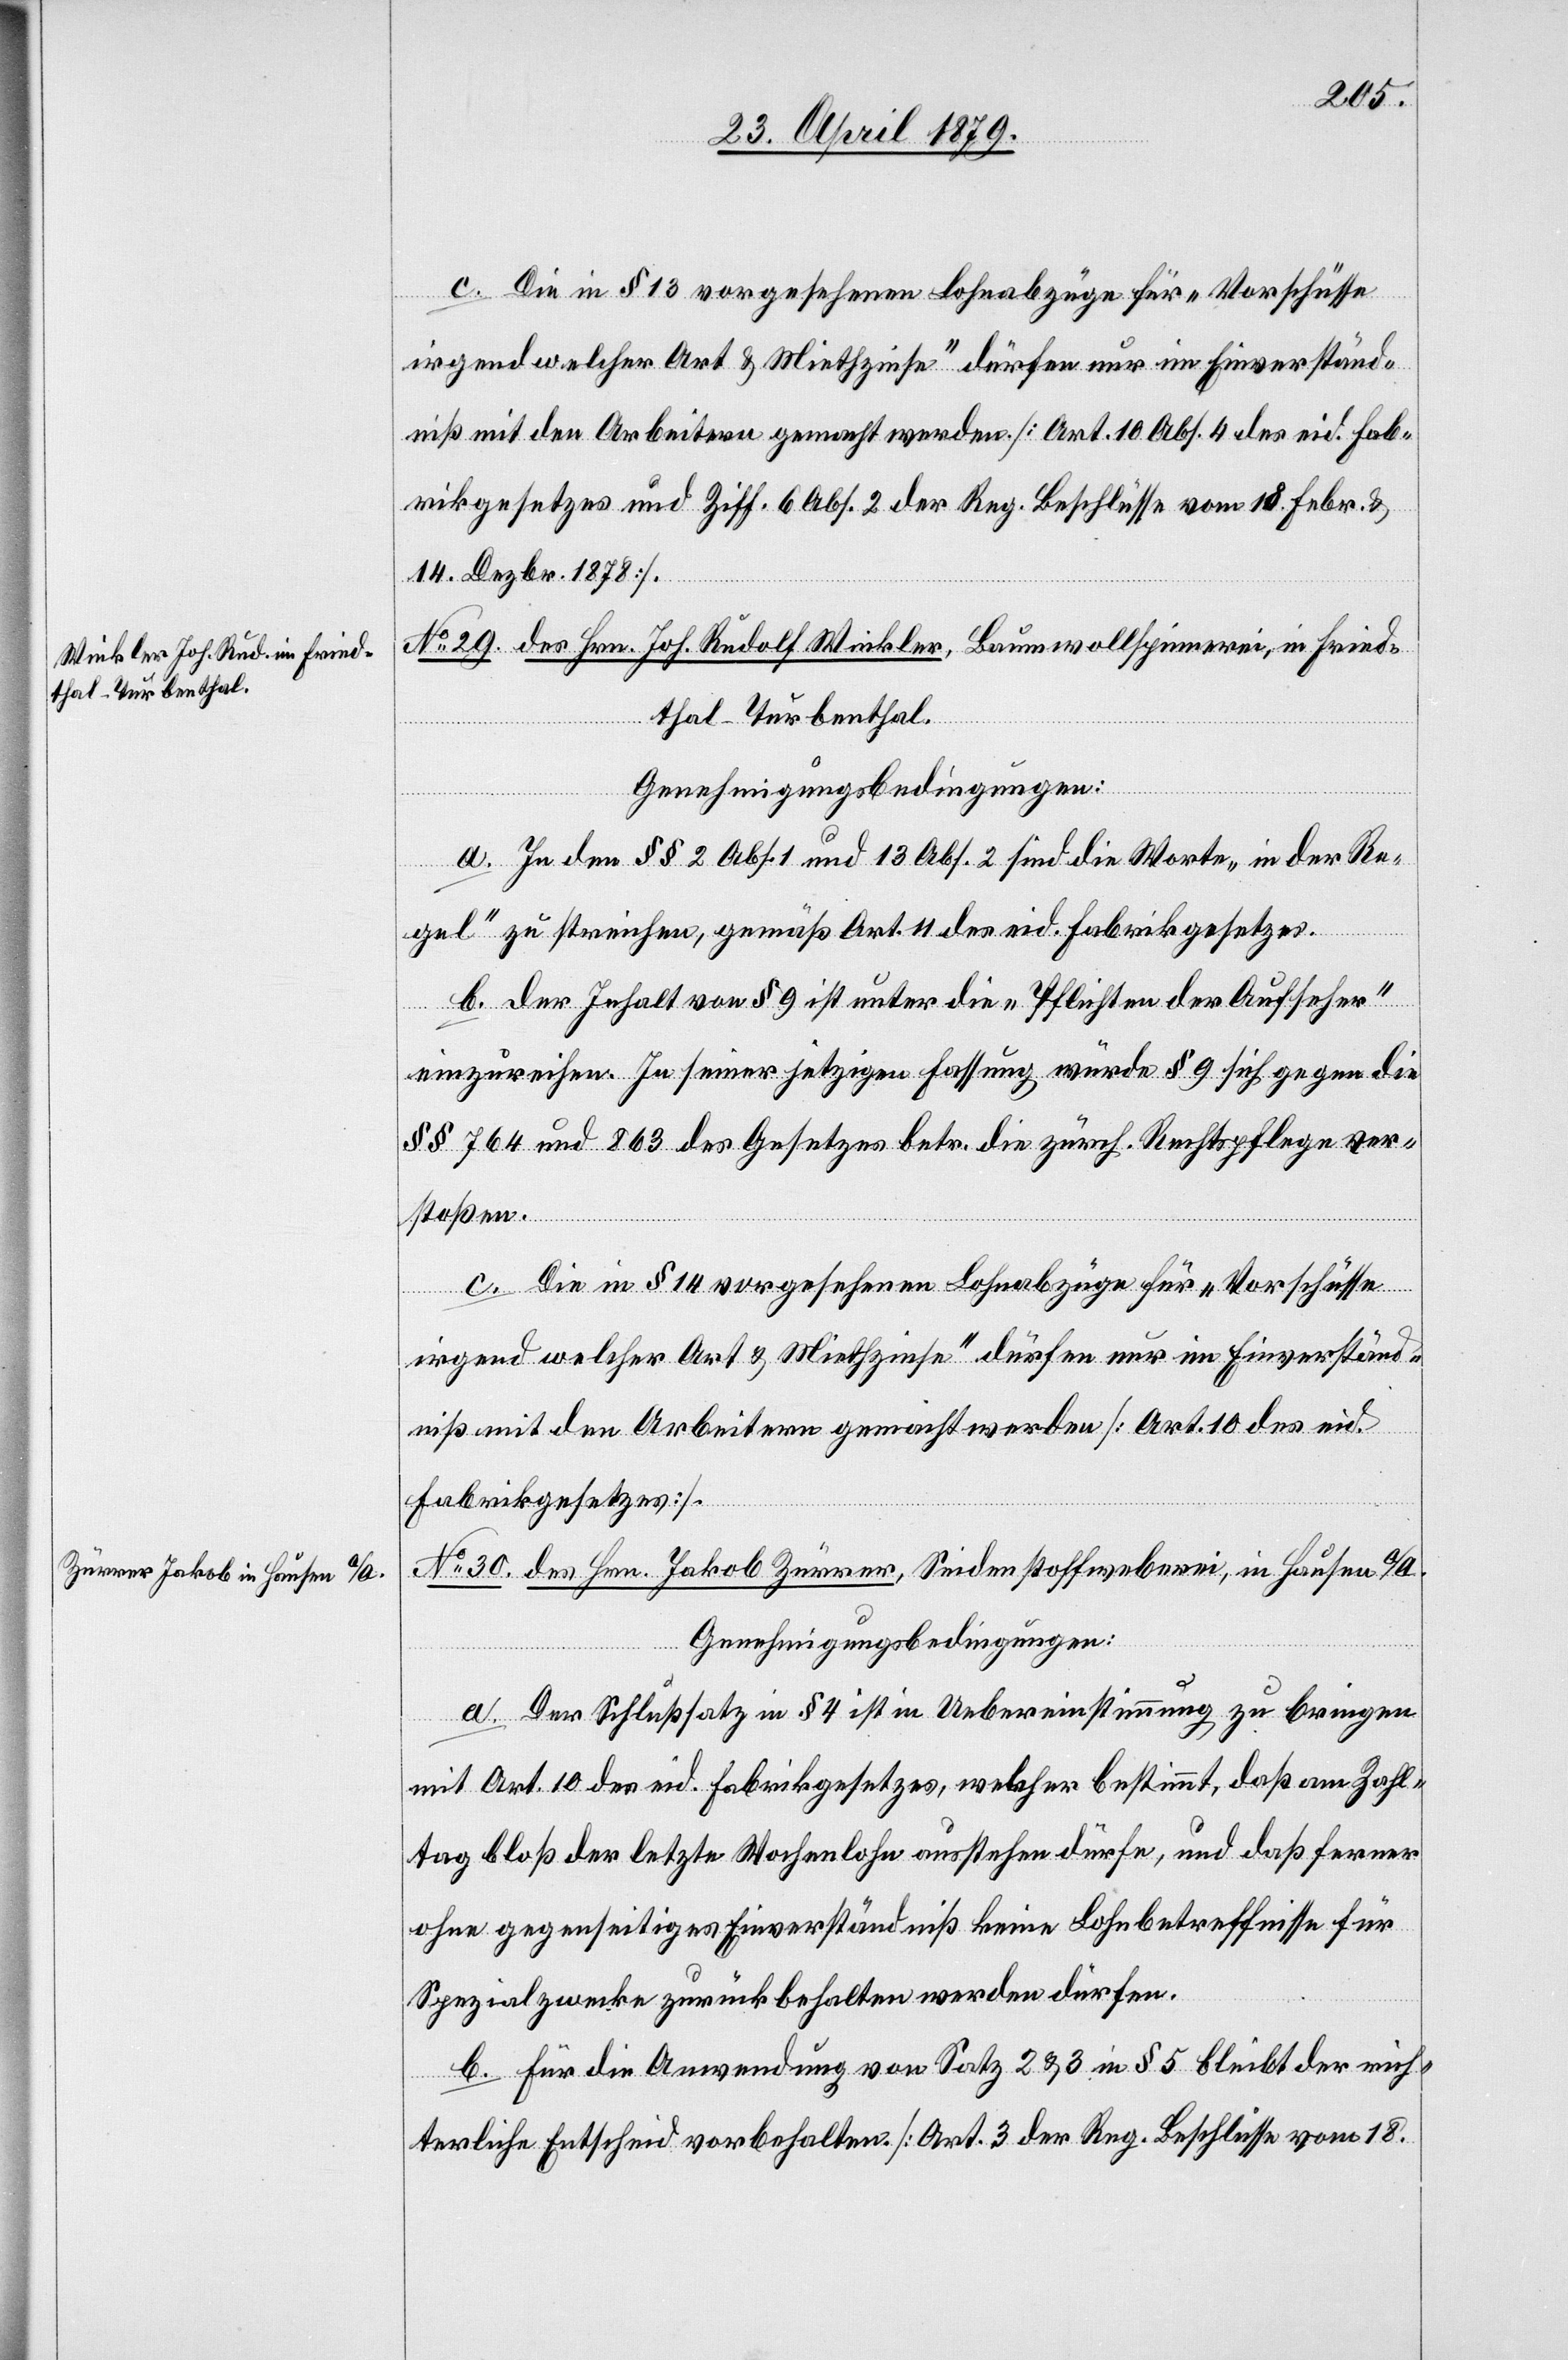
c. Die in § 13 vorgesehenen Lohnabzüge für „Vorschüsse
irgendwelcher Art & Miethzinse“ dürfen nur im Einverständ¬
niß mit den Arbeitern gemacht werden [Art. 10 Abs. 4 des eid. Fab¬
rikgesetzes und Ziff. 6 Abs. 2 der Reg. Beschlüsse vom 18. Febr. &
14. Dezbr. 1878].
[Forts¬
No 29. des Hrn. Joh. Rudolf Winkler, Baumwollspinnerei, in Fried¬
thal - Turbenthal.
Genehmigungsbedingungen:
a. In den §§ 2 Abs. 1 und 13 Abs. 2 sind die Worte „in der Re¬
gel“ zu streichen, gemäß Art. 11 des eid. Fabrikgesetzes.
b. Der Inhalt von § 9 ist unter die „Pflichten der Aufseher“
einzureichen. In seiner jetzigen Fassung würde § 9 sich gegen die
§§ 764 und 863 des Gesetzes betr. die zürch. Rechtspflege ver¬
stoßen.
etzung
c. Die in § 14 vorgesehenen Lohnabzüge für „Vorschüsse
irgend welcher Art & Miethzinse“ dürfen nur im Einverständ¬
niß mit den Arbeitern gemacht werden [Art. 10 des eid.
Fabrikgesetzes].
No 30. des Hrn. Jakob Zürrer, Seidenstoffweberei, in Hausen a/A.
Genehmigungsbedingungen:
a. Der Schlußsatz in § 4 ist in Uebereinstimmung zu bringen
mit Art. 10 des eid. Fabrikgesetzes, welcher bestimmt, daß am Zahl¬
tag bloß der letzte Wochenlohn ausstehen dürfe, und daß ferner
ohne gegenseitiges Einverständniß keine Lohnbetreffnisse für
Spezialzwecke zurückbehalten werden dürfen.
b. Für die Anwendung von Satz 2 & 3 in § 5 bleibt der rich¬
terliche Entscheid vorbehalten. [Art. 3 der Reg. Beschlüsse vom 18.